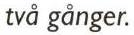
två ganger.